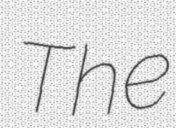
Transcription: The